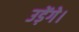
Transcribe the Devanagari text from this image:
उड़ेंगे।